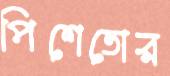
পিশেতোর